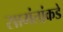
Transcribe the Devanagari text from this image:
सामंतांकडे